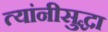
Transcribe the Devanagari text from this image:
त्यांनीसुद्धा